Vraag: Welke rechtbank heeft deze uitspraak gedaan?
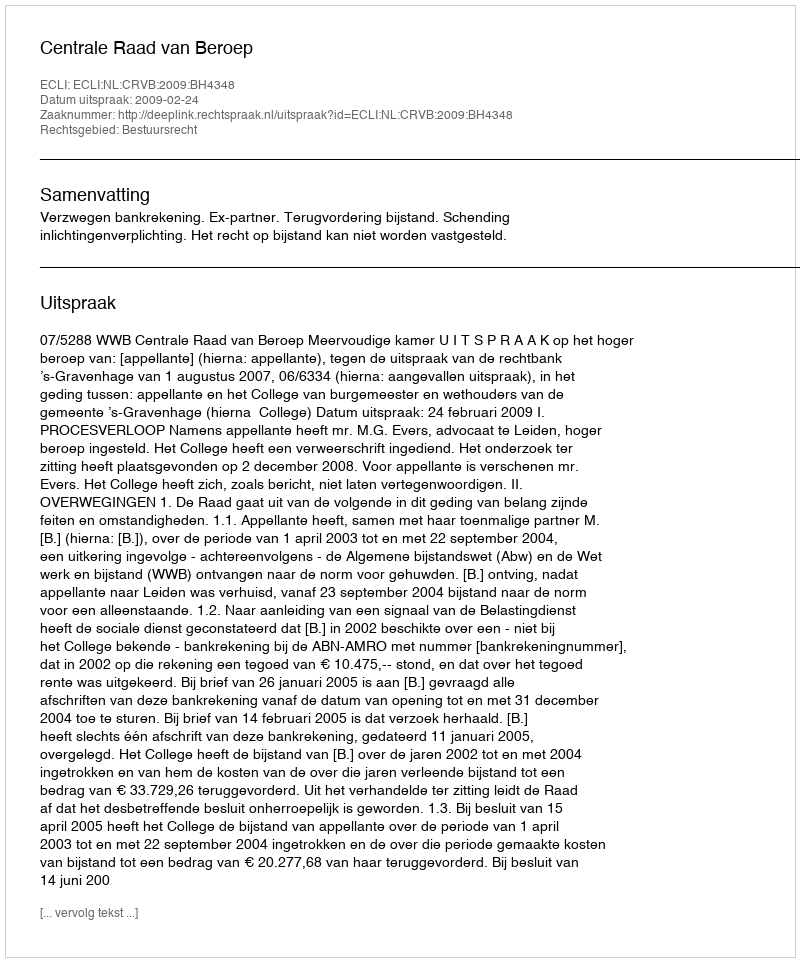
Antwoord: Centrale Raad van Beroep